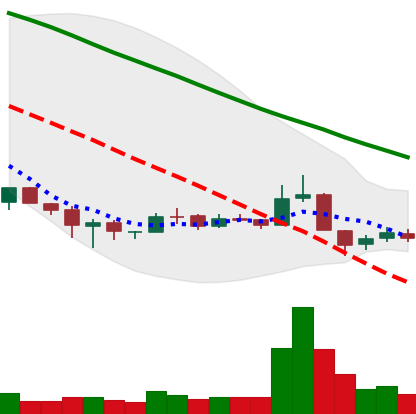
Ticker: BNB-USD
Chart end date: 2018-12-10
Forward return: -3.167%
Label: down_3_5